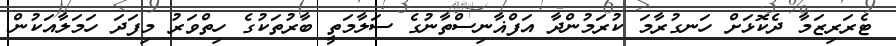
ޓެރަރިޒަމާ ދެކޮޅަށް ހަނގުރާމަ ކުރަމުންދާ އަފްޣާނިސްތާނުގެ ސަލާމަތީ ބާރުތަކުގެ ހިތްވަރު މިފަދަ ހަމަލާއަކުން